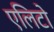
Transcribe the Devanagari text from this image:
एलिटो